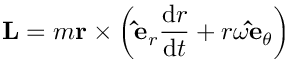
\mathbf { L } = m \mathbf { r } \times \left( \mathbf { \hat { e } } _ { r } { \frac { \mathrm { d } r } { \mathrm { d } t } } + r \omega \mathbf { \hat { e } } _ { \theta } \right)